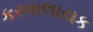
કરવાલાયક